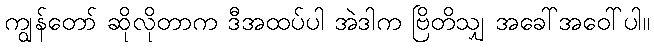
ကျွန်တော် ဆိုလိုတာက ဒီအထပ်ပါ အဲဒါက ဗြိတိသျှ အခေါ်အဝေါ်ပါ။